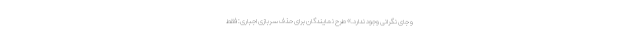
و جای نگرانی وجود ندارد.» طرح نمایندگان برای حذف سربازی اجباری: فقط